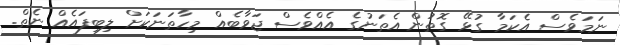
ނަމަވެސް އެކަމާ ގުޅޭ ގޮތުން އެތަނުގެ އެއްވެސް ޖަވާބެއް މިހާތަނަކަށް ލިބިފައެއް ނެތް.